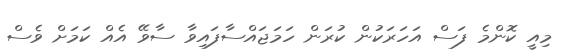
މިއީ ކޮންމެ ފަސް އަހަރަކުން ކުރަން ހަމަޖައްސާފައިވާ ސާވޭ އެއް ކަމަށް ވެސް